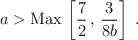
LaTeX: \begin{align*}{{a}} > {\rm Max} \, \left[ {7\over 2}\, , \, {3 \over 8 {{b}}} \right]\ .\end{align*}